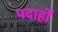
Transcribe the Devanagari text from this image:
पदार्हों